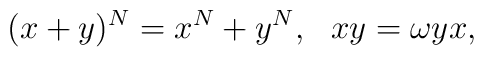
(x+y)^N=x^N+y^N,~~xy=\omega yx,